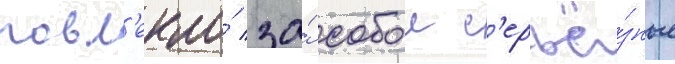
повл'екло́ за́ собои с'ерьё́зные